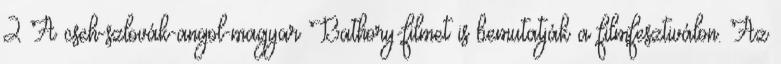
2 A cseh-szlovák-angol-magyar Bathory-filmet is bemutatják a filmfesztiválon. Az